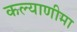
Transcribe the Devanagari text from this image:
कल्‍याणीमा